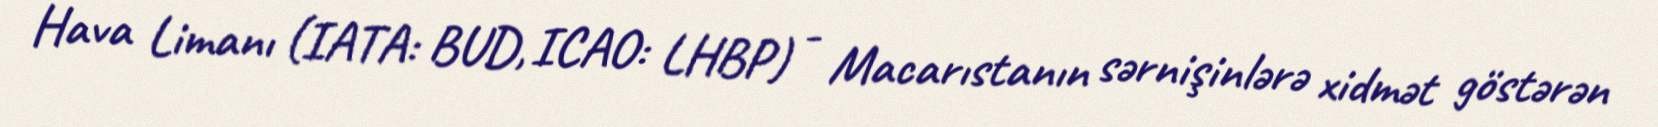
Hava Limanı (IATA: BUD, ICAO: LHBP) - Macarıstanın sərnişinlərə xidmət göstərən